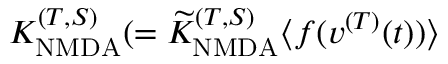
K _ { \mathrm { N M D A } } ^ { ( T , S ) } ( = { \widetilde K } _ { \mathrm { N M D A } } ^ { ( T , S ) } \langle f ( v ^ { ( T ) } ( t ) ) \rangle